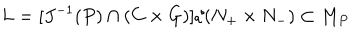
L = [ J ^ { - 1 } ( P ) \cap ( C \times G ) ] / ( N _ { + } \times N _ { - } ) \subset M _ { P }